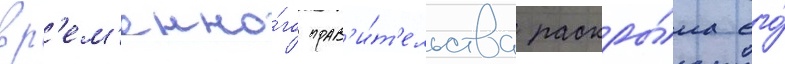
вр'ем'енно́го прав'и́т'ельства раскры́ла его́